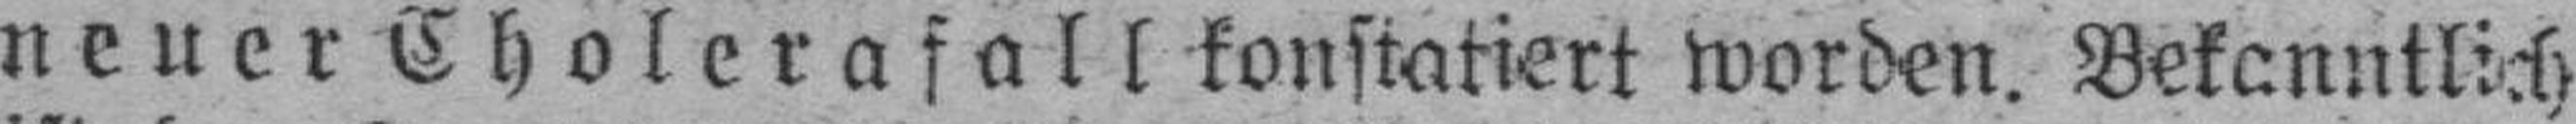
neuer Cholerafall konstatiert worden. Bekanntlich